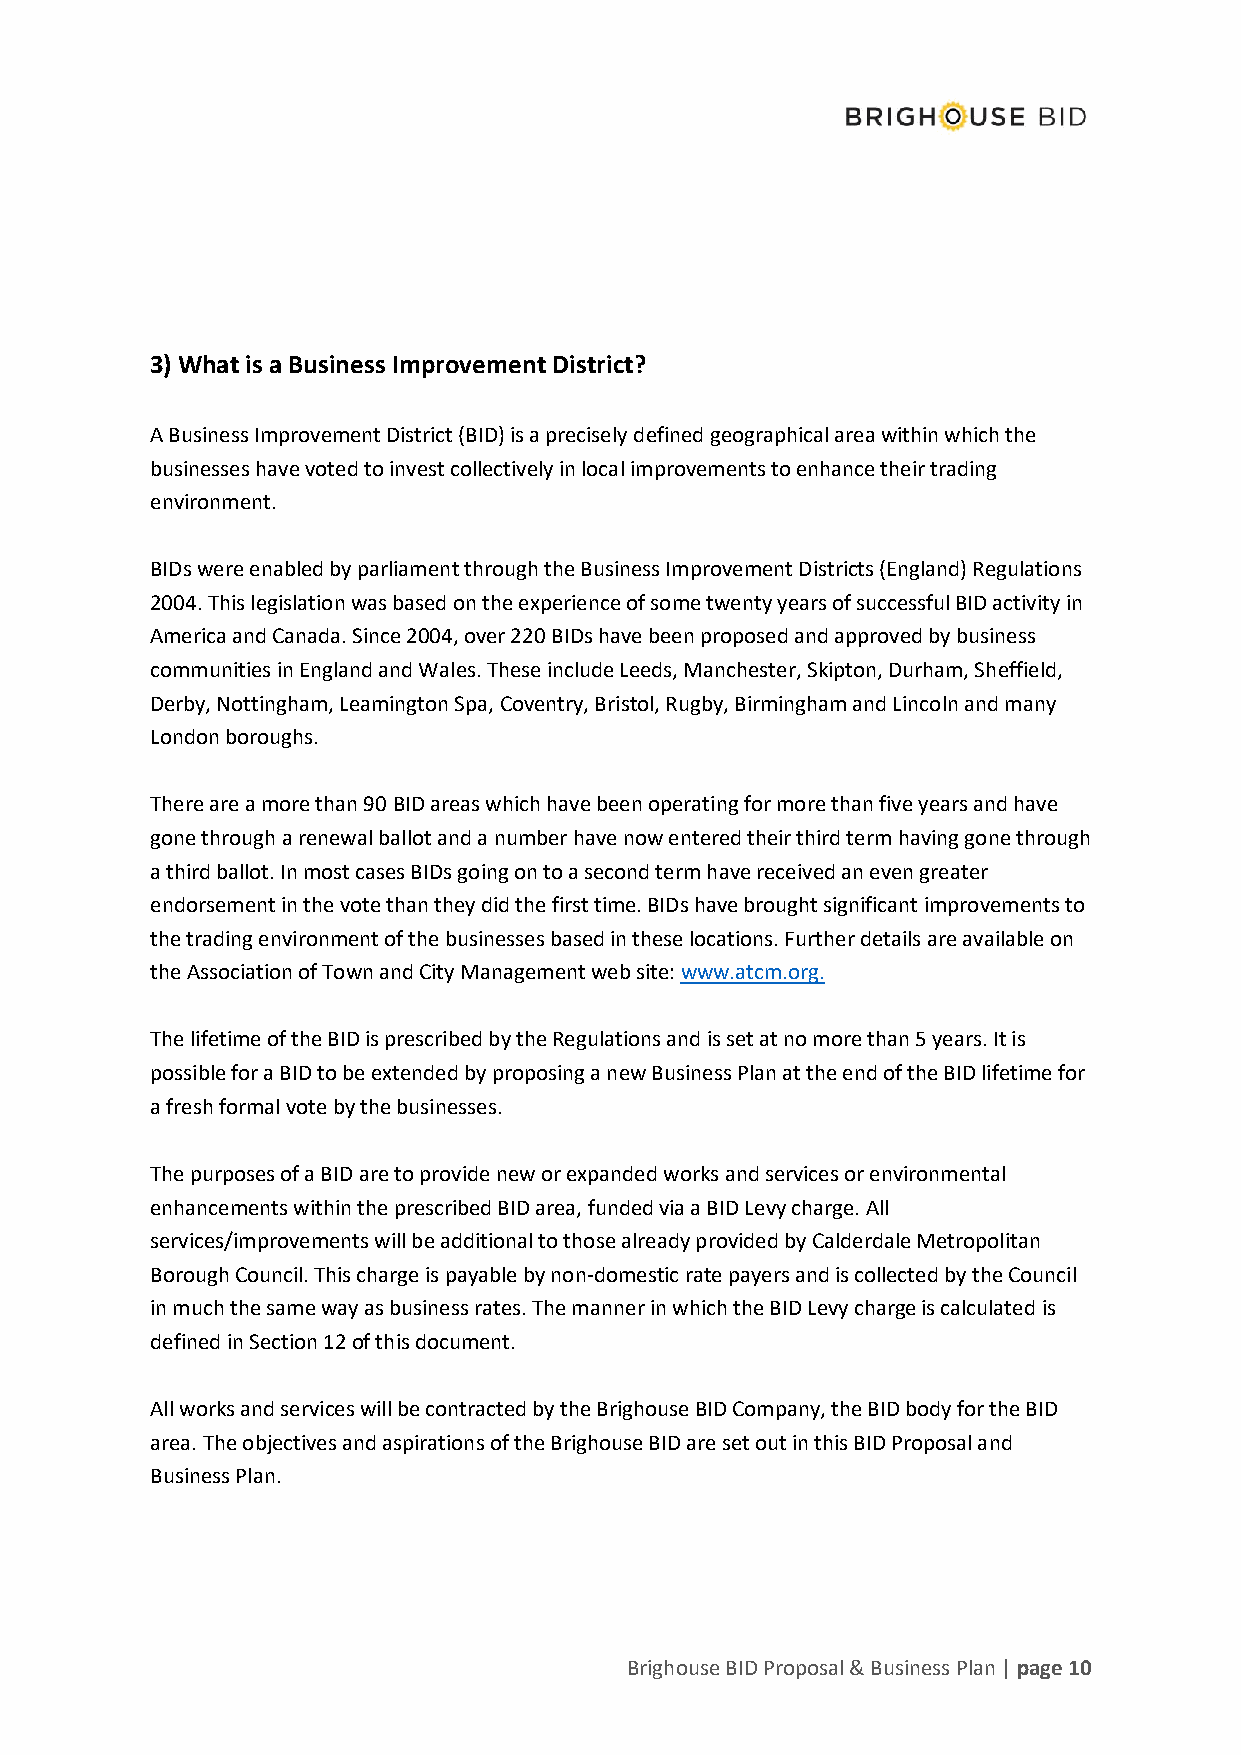
3) What is a Business Improvement District?
 A Business Improvement District (BID) is a precisely defined geographical area within which the
 businesses have voted to invest collectively in local improvements to enhance their trading
 environment.
 BIDs were enabled by parliament through the Business Improvement Districts (England) Regulations
 2004. This legislation was based on the experience of some twenty years of successful BID activity in
 America and Canada. Since 2004, over 220 BIDs have been proposed and approved by business
 communities in England and Wales. These include Leeds, Manchester, Skipton, Durham, Sheffield,
 Derby, Nottingham, Leamington Spa, Coventry, Bristol, Rugby, Birmingham and Lincoln and many
 London boroughs.
 There are a more than 90 BID areas which have been operating for more than five years and have
 gone through a renewal ballot and a number have now entered their third term having gone through
 a third ballot. In most cases BIDs going on to a second term have received an even greater
 endorsement in the vote than they did the first time. BIDs have brought significant improvements to
 the trading environment of the businesses based in these locations. Further details are available on
 the Association of Town and City Management web site: www.atcm.org.
 The lifetime of the BID is prescribed by the Regulations and is set at no more than 5 years. It is
 possible for a BID to be extended by proposing a new Business Plan at the end of the BID lifetime for
 a fresh formal vote by the businesses.
 The purposes of a BID are to provide new or expanded works and services or environmental
 enhancements within the prescribed BID area, funded via a BID Levy charge. All
 services/improvements will be additional to those already provided by Calderdale Metropolitan
 Borough Council. This charge is payable by non-domestic rate payers and is collected by the Council
 in much the same way as business rates. The manner in which the BID Levy charge is calculated is
 defined in Section 12 of this document.
 All works and services will be contracted by the Brighouse BID Company, the BID body for the BID
 area. The objectives and aspirations of the Brighouse BID are set out in this BID Proposal and
 Business Plan.
 Brighouse BID Proposal & Business Plan | page 10